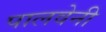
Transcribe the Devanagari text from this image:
पालवेनी